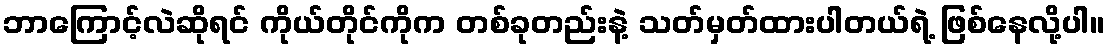
ဘာကြောင့်လဲဆိုရင် ကိုယ်တိုင်ကိုက တစ်ခုတည်းနဲ့ သတ်မှတ်ထားပါတယ်ရဲ့ ဖြစ်နေလို့ပါ။